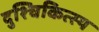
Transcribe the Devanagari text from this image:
दुश्चिकित्स्य